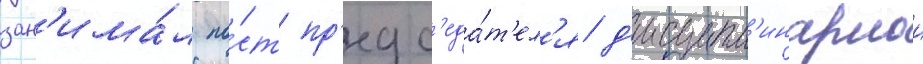
зан'има́л по́ст пр'едс'еда́т'ел'я д'исципл'инарнои